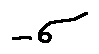
- \sigma